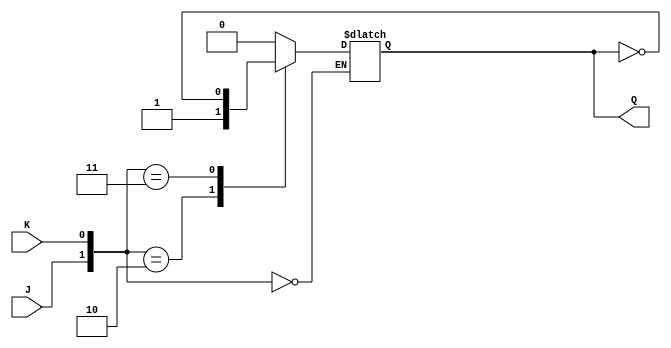
module JK_latch(
	input J,
	input K,
	output reg Q
);

initial begin
	Q=0;
end
always@(*) begin
	case({J,K})
		2'b00 : Q <= Q;
		2'b01 : Q <= 0;
		2'b10 : Q <= 1;
		2'b11 : Q <= ~Q;
	endcase
end

endmodule